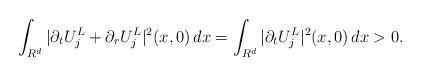
LaTeX: \begin{align*}\int_{R^d}|\partial_tU^L_j+\partial_rU^L_j|^2(x,0)\,dx=\int_{R^d}|\partial_tU^L_j|^2(x,0)\,dx>0.\end{align*}